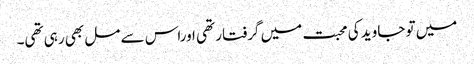
میں تو جاوید کی محبت میں گرفتار تھی اوراس سے مل بھی رہی تھی۔